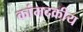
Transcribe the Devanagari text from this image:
कांमदकीय